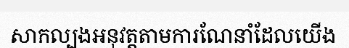
សាកល្បងអនុវត្តតាមការណែនាំដែលយើង